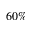
6 0 \%